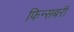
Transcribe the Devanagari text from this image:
फिन्सबरी